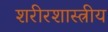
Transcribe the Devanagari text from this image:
शरीरशास्त्रीय